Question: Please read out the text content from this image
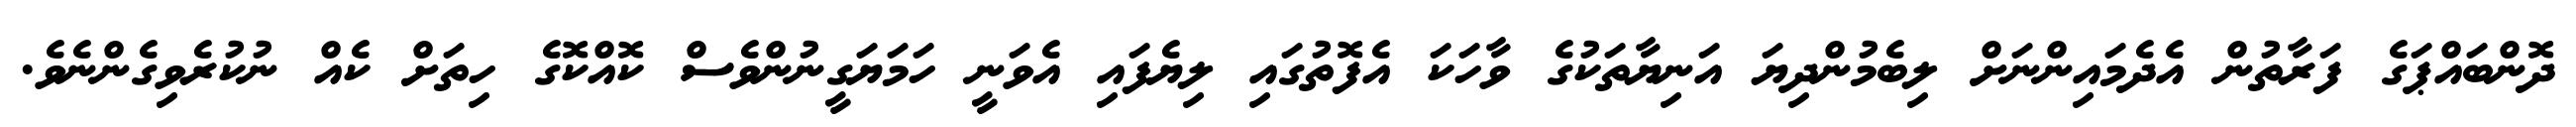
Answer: ދޮންބައްޕަގެ ފަރާތުން އެދެމައިންނަށް ލިބެމުންދިޔަ އަނިޔާތަކުގެ ވާހަކަ އެފޮތުގައި ލިޔެފައި އެވަނީ ހަމަޔަގީނުންވެސް ކޮއްކޮގެ ހިތަށް ކެއް ނުކުރެވިގެންނެވެ.